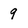
Character: 9